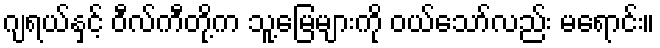
ဂျရယ်နှင့် ဝီလ်ကီတို့က သူ့မြေများကို ဝယ်သော်လည်း မရောင်း။